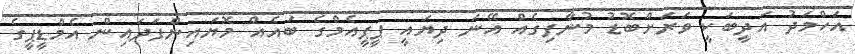
އަހްމަދު އަދީބަކީ ވަރަށްބޮޑު މުނާފިގެއް އޭނަ ދިޔައީ ޕީޕީއެމްގެ ބައެއް މޮޔައިންފަދައިން އެމްޑީޕީގެ